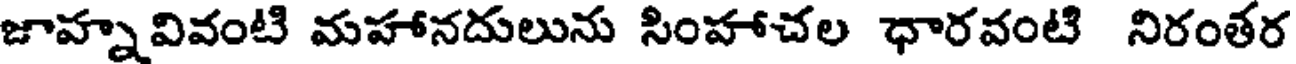
జాహ్నవివంటి మహానదులును సింహాచల ధారవంటి నిరంతర